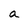
Character: a